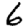
Digit: 6